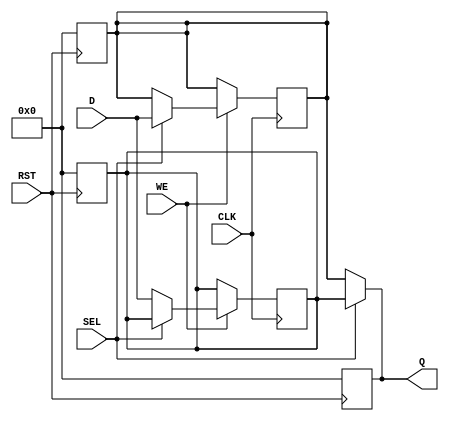
module double_buffer_register (
    input wire [7:0] D,       // Data input
    input wire WE,            // Write enable
    input wire CLK,           // Clock signal
    input wire SEL,           // Select signal
    input wire RST,           // Reset signal
    output reg [7:0] Q        // Data output
);

    // Internal registers for Buffer A and Buffer B
    reg [7:0] buffer_a;
    reg [7:0] buffer_b;

    // Asynchronous reset
    always @(posedge RST) begin
        buffer_a <= 8'b0; // Initialize Buffer A
        buffer_b <= 8'b0; // Initialize Buffer B
        Q <= 8'b0;        // Initialize output
    end

    // Write operation
    always @(posedge CLK) begin
        if (WE) begin
            if (SEL == 1'b0) begin
                buffer_a <= D; // Write to Buffer A
            end else begin
                buffer_b <= D; // Write to Buffer B
            end
        end
    end

    // Read operation
    always @(*) begin
        if (SEL == 1'b0) begin
            Q = buffer_b; // Output from Buffer B when reading from Buffer A
        end else begin
            Q = buffer_a; // Output from Buffer A when reading from Buffer B
        end
    end

endmodule